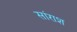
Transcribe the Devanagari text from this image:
सांराश